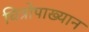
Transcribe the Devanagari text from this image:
चित्रोपाख्यान